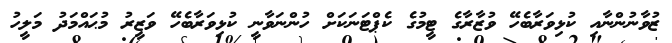
ޒުވާނުންނާއި ކުޅިވަރާބެހޭ ވުޒާރާގެ ޓީމުގެ ކެޕްޓަނަކަށް ހުންނަވާނީ ކުޅިވަރާބެހޭ ވަޒީރު މުޙައްމަދު މަލީހު